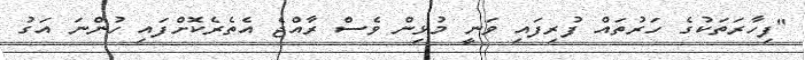
"ފިހާރަތަކުގެ ހަރުތައް ފުރިފައި ވަނީ މުޅިން ވެސް ރާއްޖެ އެތެރެކޮށްފައި ހުންނަ އަގު